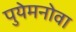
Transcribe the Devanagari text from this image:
पुयेमनोवा